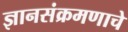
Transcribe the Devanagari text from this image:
ज्ञानसंक्रमणाचे